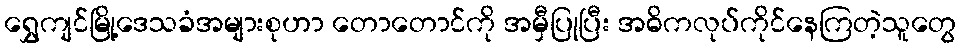
ရွှေကျင်မြို့ဒေသခံအများစုဟာ တောတောင်ကို အမှီပြုပြီး အဓိကလုပ်ကိုင်နေကြတဲ့သူတွေ